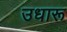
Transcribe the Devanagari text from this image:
उधारू